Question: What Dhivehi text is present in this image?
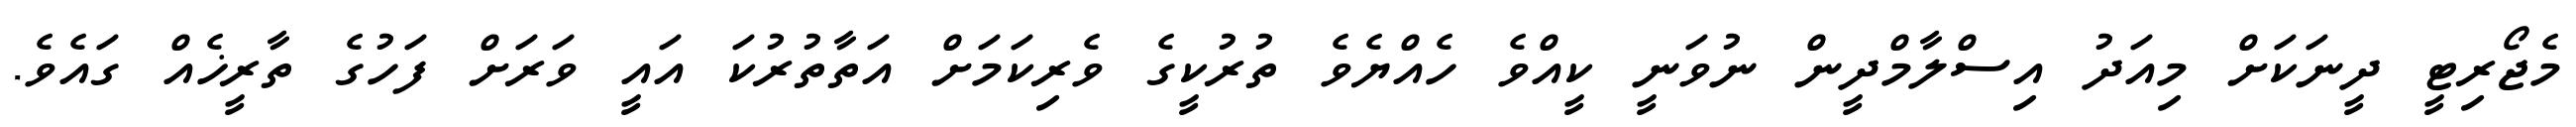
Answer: މެޖޯރިޓީ ދީނަކަށް މިއަދު އިސްލާމްދީން ނުވަނީ ކީއްވެ ހެއްޔެވެ ތުރުކީގެ ވެރިކަމަށް އަތާތުރުކަ އައީ ވަރަށް ފަހުގެ ތާރީޚެއް ގައެވެ.